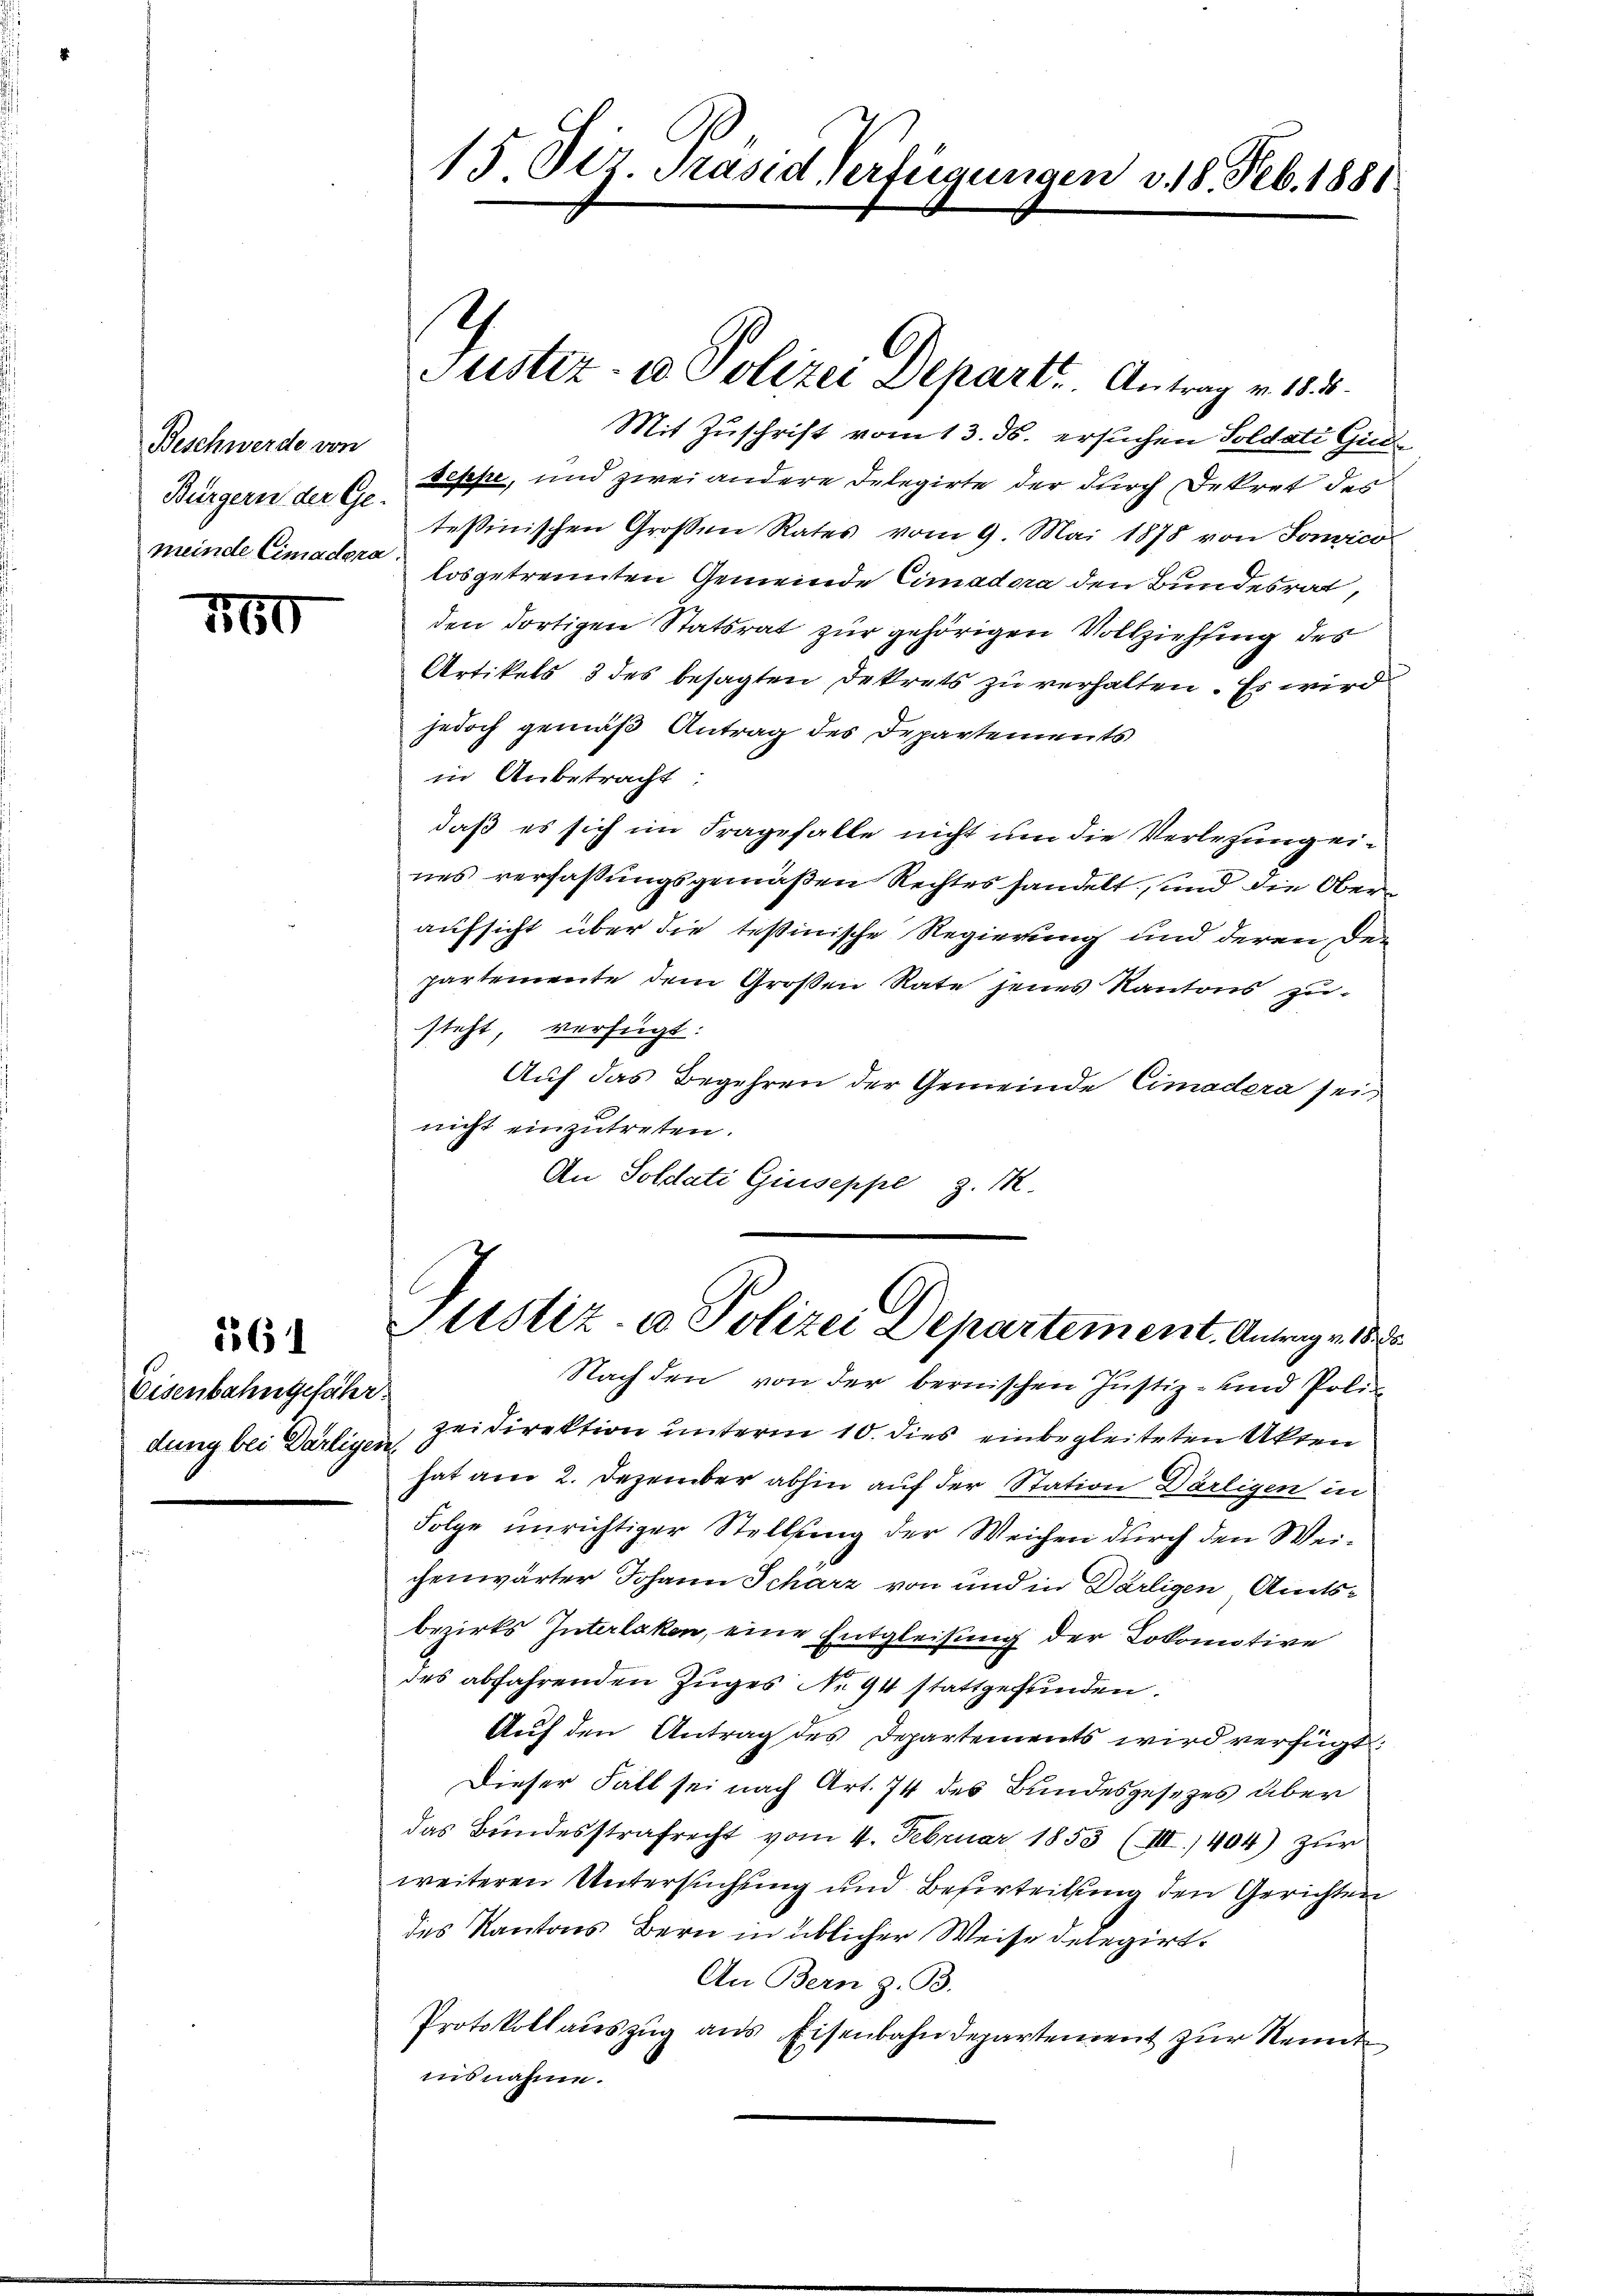
Beschwerde von
Bürgern der Ge-
meinde Cimadora

760

5561

Eisenbahngefähr
dung bei Darligen

15. Dez. Präsid Verfügungen v. 18. Feb. 1881

.

Justiz- u Polizei Departe. Antrag v. 1814.

zeidirektion unterm 10. dies einbegleiteten Akten
hat am 2. Dezember abhin auf der Station Därligen in
Folge unrichtiger Stellung der Weichen durch den Weichenwärter Johann Scharz von und in Darligen Amtsbezirks Interlaken, eine Entgleisung der Lokomotive
des abfahrenden Zuges No 94 stattgefunden.
Auf den Antrag des Departements wird verfügt:
Dieser Fall sei nach Art. 74 des Bundesgesetzes über
das Bundesstrafrecht vom 4. Februar 1853 (III. 1404) zur
weiteren Untersuchung und Beserteilung den Gerichten
des Kantons Bern in üblicher Weise delegirt.
An Bern z. B.
Protokoll aŭszŭg ans Eisenbahndepartement zur Kennt
insnahme.

Justiz- u Polizei Departement. Antrage 188
Nach den von der bernischen Justiz- und Poli¬

Mit Zuschrift vom 13. ds. ersuchen Soldati Guid
seppe, und zwei andere Delegirte der durch Dekret des
tessinischen Großen Rates vom 9. Mai 1878 von Sonvico
losgetrennten Gemeinde Cimadora den Bundesrat,
den dortigen Statsrat zur gehörigen Vollziehung des
Artikels 3 des besagten Dekrets zu verhalten. Es wird
jedoch gemäß Antrag des Departements
in Anbetracht.
daß es sich im Fragefalle nicht um die Verlegung eines verfaßungsgemäßen Rechtes handelt, und die Oberaufsicht über die tessinische Regierung und deren Departemente dem Großen Rate jenes Kantons zusteht, verfügt:
Auf das Begehren der Gemeinde Cimadera sei,
nicht einzutreten.
An Soldati Giuseppe z. R.